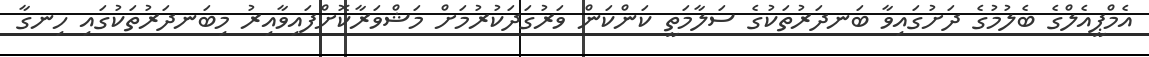
އެމްޕީއެލްގެ ބެލުމުގެ ދަށުގައިވާ ބަނދަރުތަކުގެ ސަލާމަތީ ކަންކަން ވަރުގަދަކުރުމަށް މަޝްވަރާކޮށްފައިވާއިރު މިބަނދަރުތަކުގައި ހިނގާ